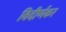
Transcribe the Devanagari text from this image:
विदीर्णकर